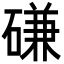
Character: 磏